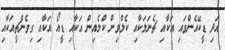
އަދި ޑީކޭއެންވައި އަކާއި ޗެނަލަކާއި ކެލްވިން ކްލެއިން އަކާއި ޑީއޯ އަކާއި ގިވެންޗީއަކާއި